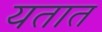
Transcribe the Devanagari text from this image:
यतात